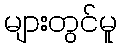
များတွင်မူ